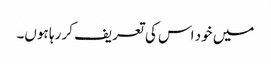
میں خود اس کی تعریف کر رہا ہوں۔